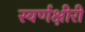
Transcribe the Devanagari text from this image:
स्वर्णक्षीरी